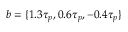
b = \{ 1 . 3 \tau _ { p } , 0 . 6 \tau _ { p } , - 0 . 4 \tau _ { p } \}